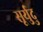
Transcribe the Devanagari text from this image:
सूर्युदु